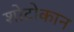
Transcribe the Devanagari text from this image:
शोटोकान